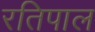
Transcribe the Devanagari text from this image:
रतिपाल